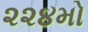
૨૨૪મો